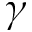
\gamma